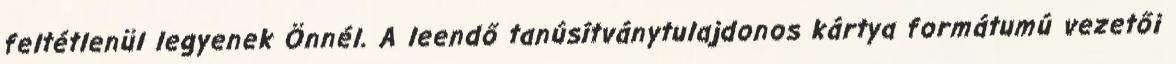
feltétlenül legyenek Önnél. A leendő tanúsítványtulajdonos kártya formátumú vezetői